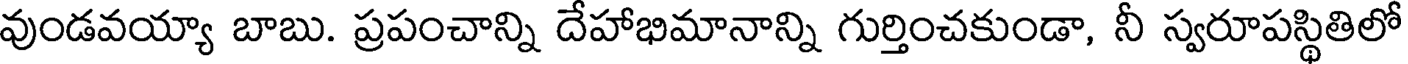
వుండవయ్యా బాబు. ప్రపంచాన్ని దేహాభిమానాన్ని గుర్తించకుండా, నీ స్వరూపస్థితిలో